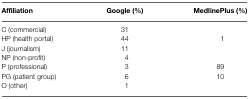
<table><thead><tr><td><b>Affiliation</b></td><td><b>Google (%)</b></td><td><b>MedlinePlus (%)</b></td></tr></thead><tbody><tr><td>C (commercial)</td><td>31</td><td></td></tr><tr><td>HP (health portal)</td><td>44</td><td>1</td></tr><tr><td>J (journalism)</td><td>11</td><td></td></tr><tr><td>NP (non-profit)</td><td>4</td><td></td></tr><tr><td>P (professional)</td><td>3</td><td>89</td></tr><tr><td>PG (patient group)</td><td>6</td><td>10</td></tr><tr><td>O (other)</td><td>1</td><td></td></tr></tbody></table>